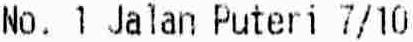
NO. 1 JALAN PUTERI 7/10